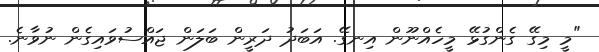
"މީ މިގޭ ގެންގުޅޭ މީހެއްނޫން އިނގޭ. އަބަދު ދަރީން ބަލަން ޖައްސުވައިގެން ނުވާނެ.